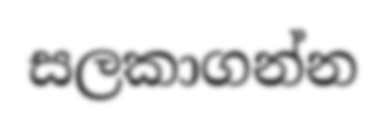
සලකාගන්න